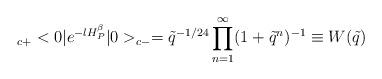
LaTeX: \begin{align*}_{c +}<0|e^{-lH_P^\beta }|0>_{c -} =\tilde q^{-1/24}\prod_{n=1}^\infty (1+\tilde q^n)^{-1}\equiv W(\tilde q)\end{align*}